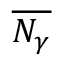
\overline { { N _ { \gamma } } }